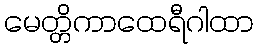
မေတ္တိကာထေရီဂါထာ